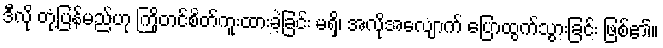
ဒီလို တုံ့ပြန်မည်ဟု ကြိုတင်စိတ်ကူးထားခဲ့ခြင်း မရှိ၊ အလိုအလျောက် ပြောထွက်သွားခြင်း ဖြစ်၏။